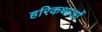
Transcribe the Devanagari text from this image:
हरिकथाओं